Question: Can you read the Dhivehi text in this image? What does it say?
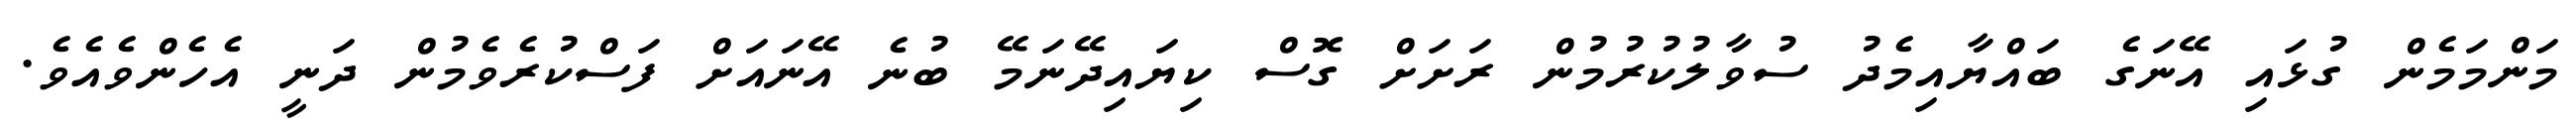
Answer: މަންމަމެން ގުޅައި އޭނަގެ ބައްޔާއިމެދު ސުވާލުކުރުމުން ރަށަށް ގޮސް ކިޔައިދޭނަމޭ ބުނެ އޭނައަށް ފަސްކުރެވެމުން ދަނީ އެހެންވެއެވެ.